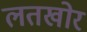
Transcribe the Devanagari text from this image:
लतखोर